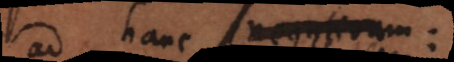
ad hanc negativam: